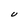
Character: U